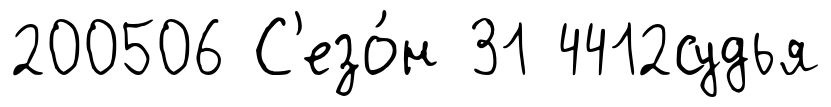
200506 С'езо́н 31 4412судья